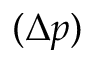
( \Delta p )